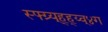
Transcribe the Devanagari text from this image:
स्फ्ग्र्य्ह्ह्य्व्४ग